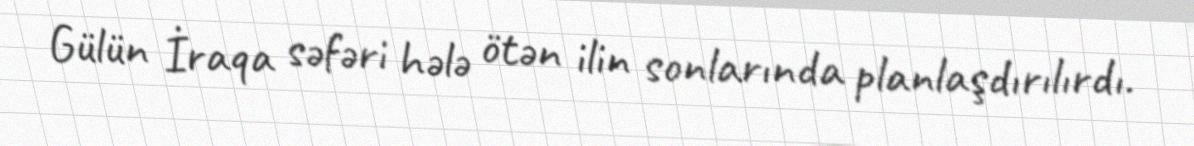
Gülün İraqa səfəri hələ ötən ilin sonlarında planlaşdırılırdı.